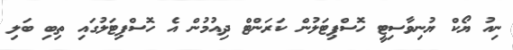
ނިއު ޔޯކް ޔުނިވާސިޓީ ހޮސްޕިޓަލުން ކަރަންޓް ދިއުމުން އެ ހޮސްޕިޓަލުގައި ތިބި ބަލި